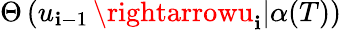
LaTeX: \Theta\left(u_{\mathbf{i}-1}\left.\rightarrowu_{\mathbf{i}}\right|\alpha(T)\right)